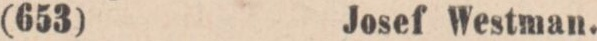
(653)    Josef Westman.